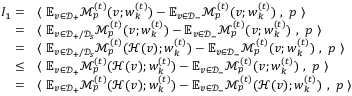
\begin{array} { r l } { I _ { 1 } = } & { \langle ~ \mathbb { E } _ { v \in \mathcal { D } _ { + } } \mathcal { M } _ { p } ^ { ( t ) } ( v ; { \boldsymbol w } _ { k } ^ { ( t ) } ) - \mathbb { E } _ { v \in \mathcal { D } _ { - } } \mathcal { M } _ { p } ^ { ( t ) } ( v ; { \boldsymbol w } _ { k } ^ { ( t ) } ) ~ , ~ { \boldsymbol p } ~ \rangle } \\ { = } & { \langle ~ \mathbb { E } _ { v \in \mathcal { D } _ { + } / \mathcal { D } _ { s } } \mathcal { M } _ { p } ^ { ( t ) } ( v ; { \boldsymbol w } _ { k } ^ { ( t ) } ) - \mathbb { E } _ { v \in \mathcal { D } _ { - } } \mathcal { M } _ { p } ^ { ( t ) } ( v ; { \boldsymbol w } _ { k } ^ { ( t ) } ) ~ , ~ { \boldsymbol p } ~ \rangle } \\ { = } & { \langle ~ \mathbb { E } _ { v \in \mathcal { D } _ { + } / \mathcal { D } _ { s } } \mathcal { M } _ { p } ^ { ( t ) } ( \mathcal { H } ( v ) ; { \boldsymbol w } _ { k } ^ { ( t ) } ) - \mathbb { E } _ { v \in \mathcal { D } _ { - } } \mathcal { M } _ { p } ^ { ( t ) } ( v ; { \boldsymbol w } _ { k } ^ { ( t ) } ) ~ , ~ { \boldsymbol p } ~ \rangle } \\ { \le } & { \langle ~ \mathbb { E } _ { v \in \mathcal { D } _ { + } } \mathcal { M } _ { p } ^ { ( t ) } ( \mathcal { H } ( v ) ; { \boldsymbol w } _ { k } ^ { ( t ) } ) - \mathbb { E } _ { v \in \mathcal { D } _ { - } } \mathcal { M } _ { p } ^ { ( t ) } ( v ; { \boldsymbol w } _ { k } ^ { ( t ) } ) ~ , ~ { \boldsymbol p } ~ \rangle } \\ { = } & { \langle ~ \mathbb { E } _ { v \in \mathcal { D } _ { + } } \mathcal { M } _ { p } ^ { ( t ) } ( \mathcal { H } ( v ) ; { \boldsymbol w } _ { k } ^ { ( t ) } ) - \mathbb { E } _ { v \in \mathcal { D } _ { - } } \mathcal { M } _ { p } ^ { ( t ) } ( \mathcal { H } ( v ) ; { \boldsymbol w } _ { k } ^ { ( t ) } ) ~ , ~ { \boldsymbol p } ~ \rangle } \end{array}